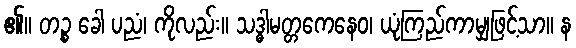
၏။ တဉ္စ ခေါ ပညံ၊ ကိုလည်း။ သဒ္ဓါမတ္တကေနေဝ၊ ယုံကြည်ကာမျှဖြင့်သာ။ န